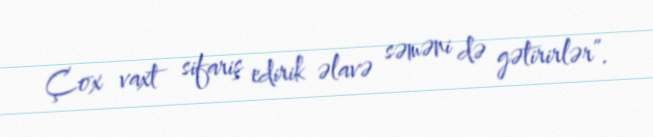
Çox vaxt sifariş edirik əlavə səməni də gətirirlər”.